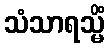
သံသာရသ္မိံ